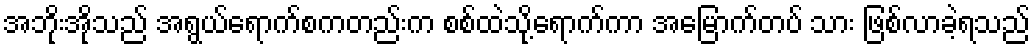
အဘိုးအိုသည် အရွယ်ရောက်စကတည်းက စစ်ထဲသို့ရောက်ကာ အမြောက်တပ် သား ဖြစ်လာခဲ့ရသည်